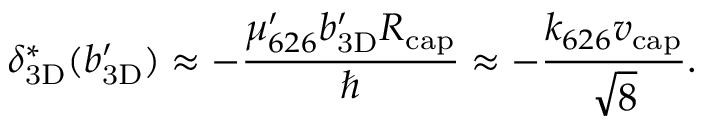
\ensuremath { \delta _ { \mathrm { 3 D } } } ^ { * } ( \ensuremath { b _ { \mathrm { 3 D } } ^ { \prime } } ) \approx - \frac { \mu _ { 6 2 6 } ^ { \prime } \ensuremath { b _ { \mathrm { 3 D } } ^ { \prime } } \ensuremath { R _ { \mathrm { c a p } } } } { \hbar } \approx - \frac { \ensuremath { k _ { 6 2 6 } } \ensuremath { v _ { \mathrm { c a p } } } } { \sqrt { 8 } } .